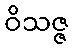
ဝိသဇ္ဇ